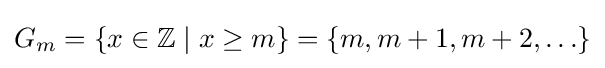
G_{m}=\{x\in \mathbb {Z} \mid x\geq m\}=\{m,m+1,m+2,\ldots \}